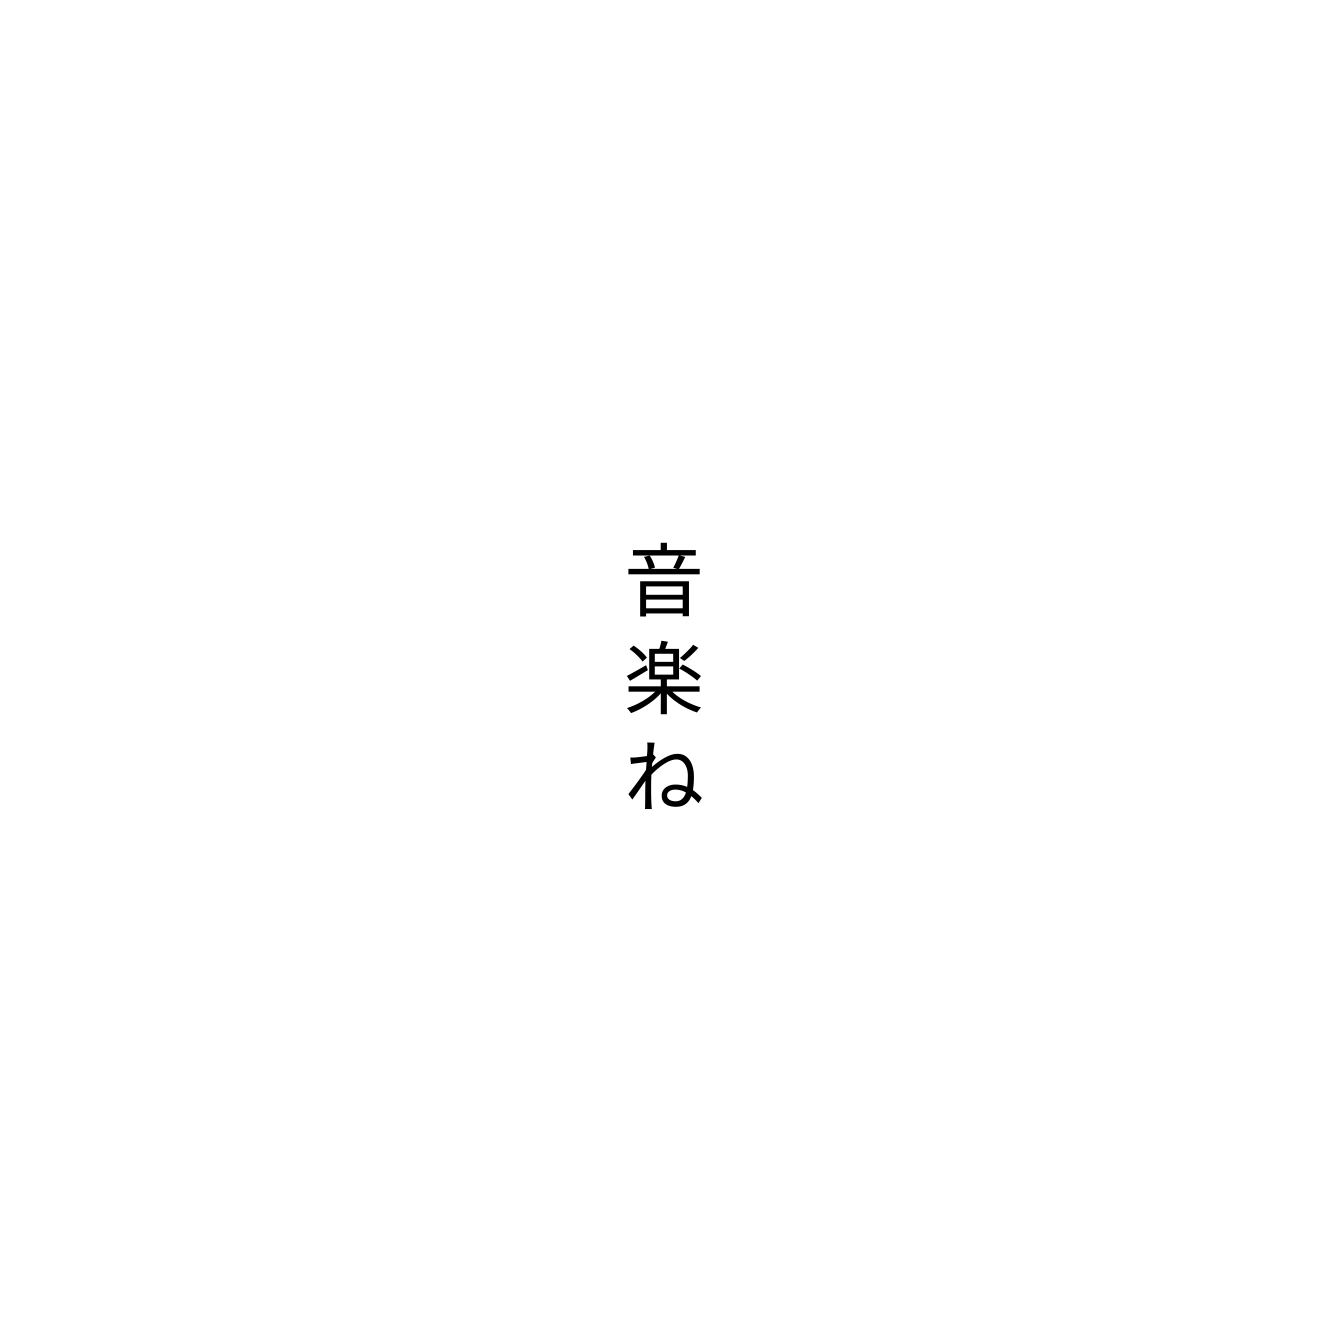
音楽ね